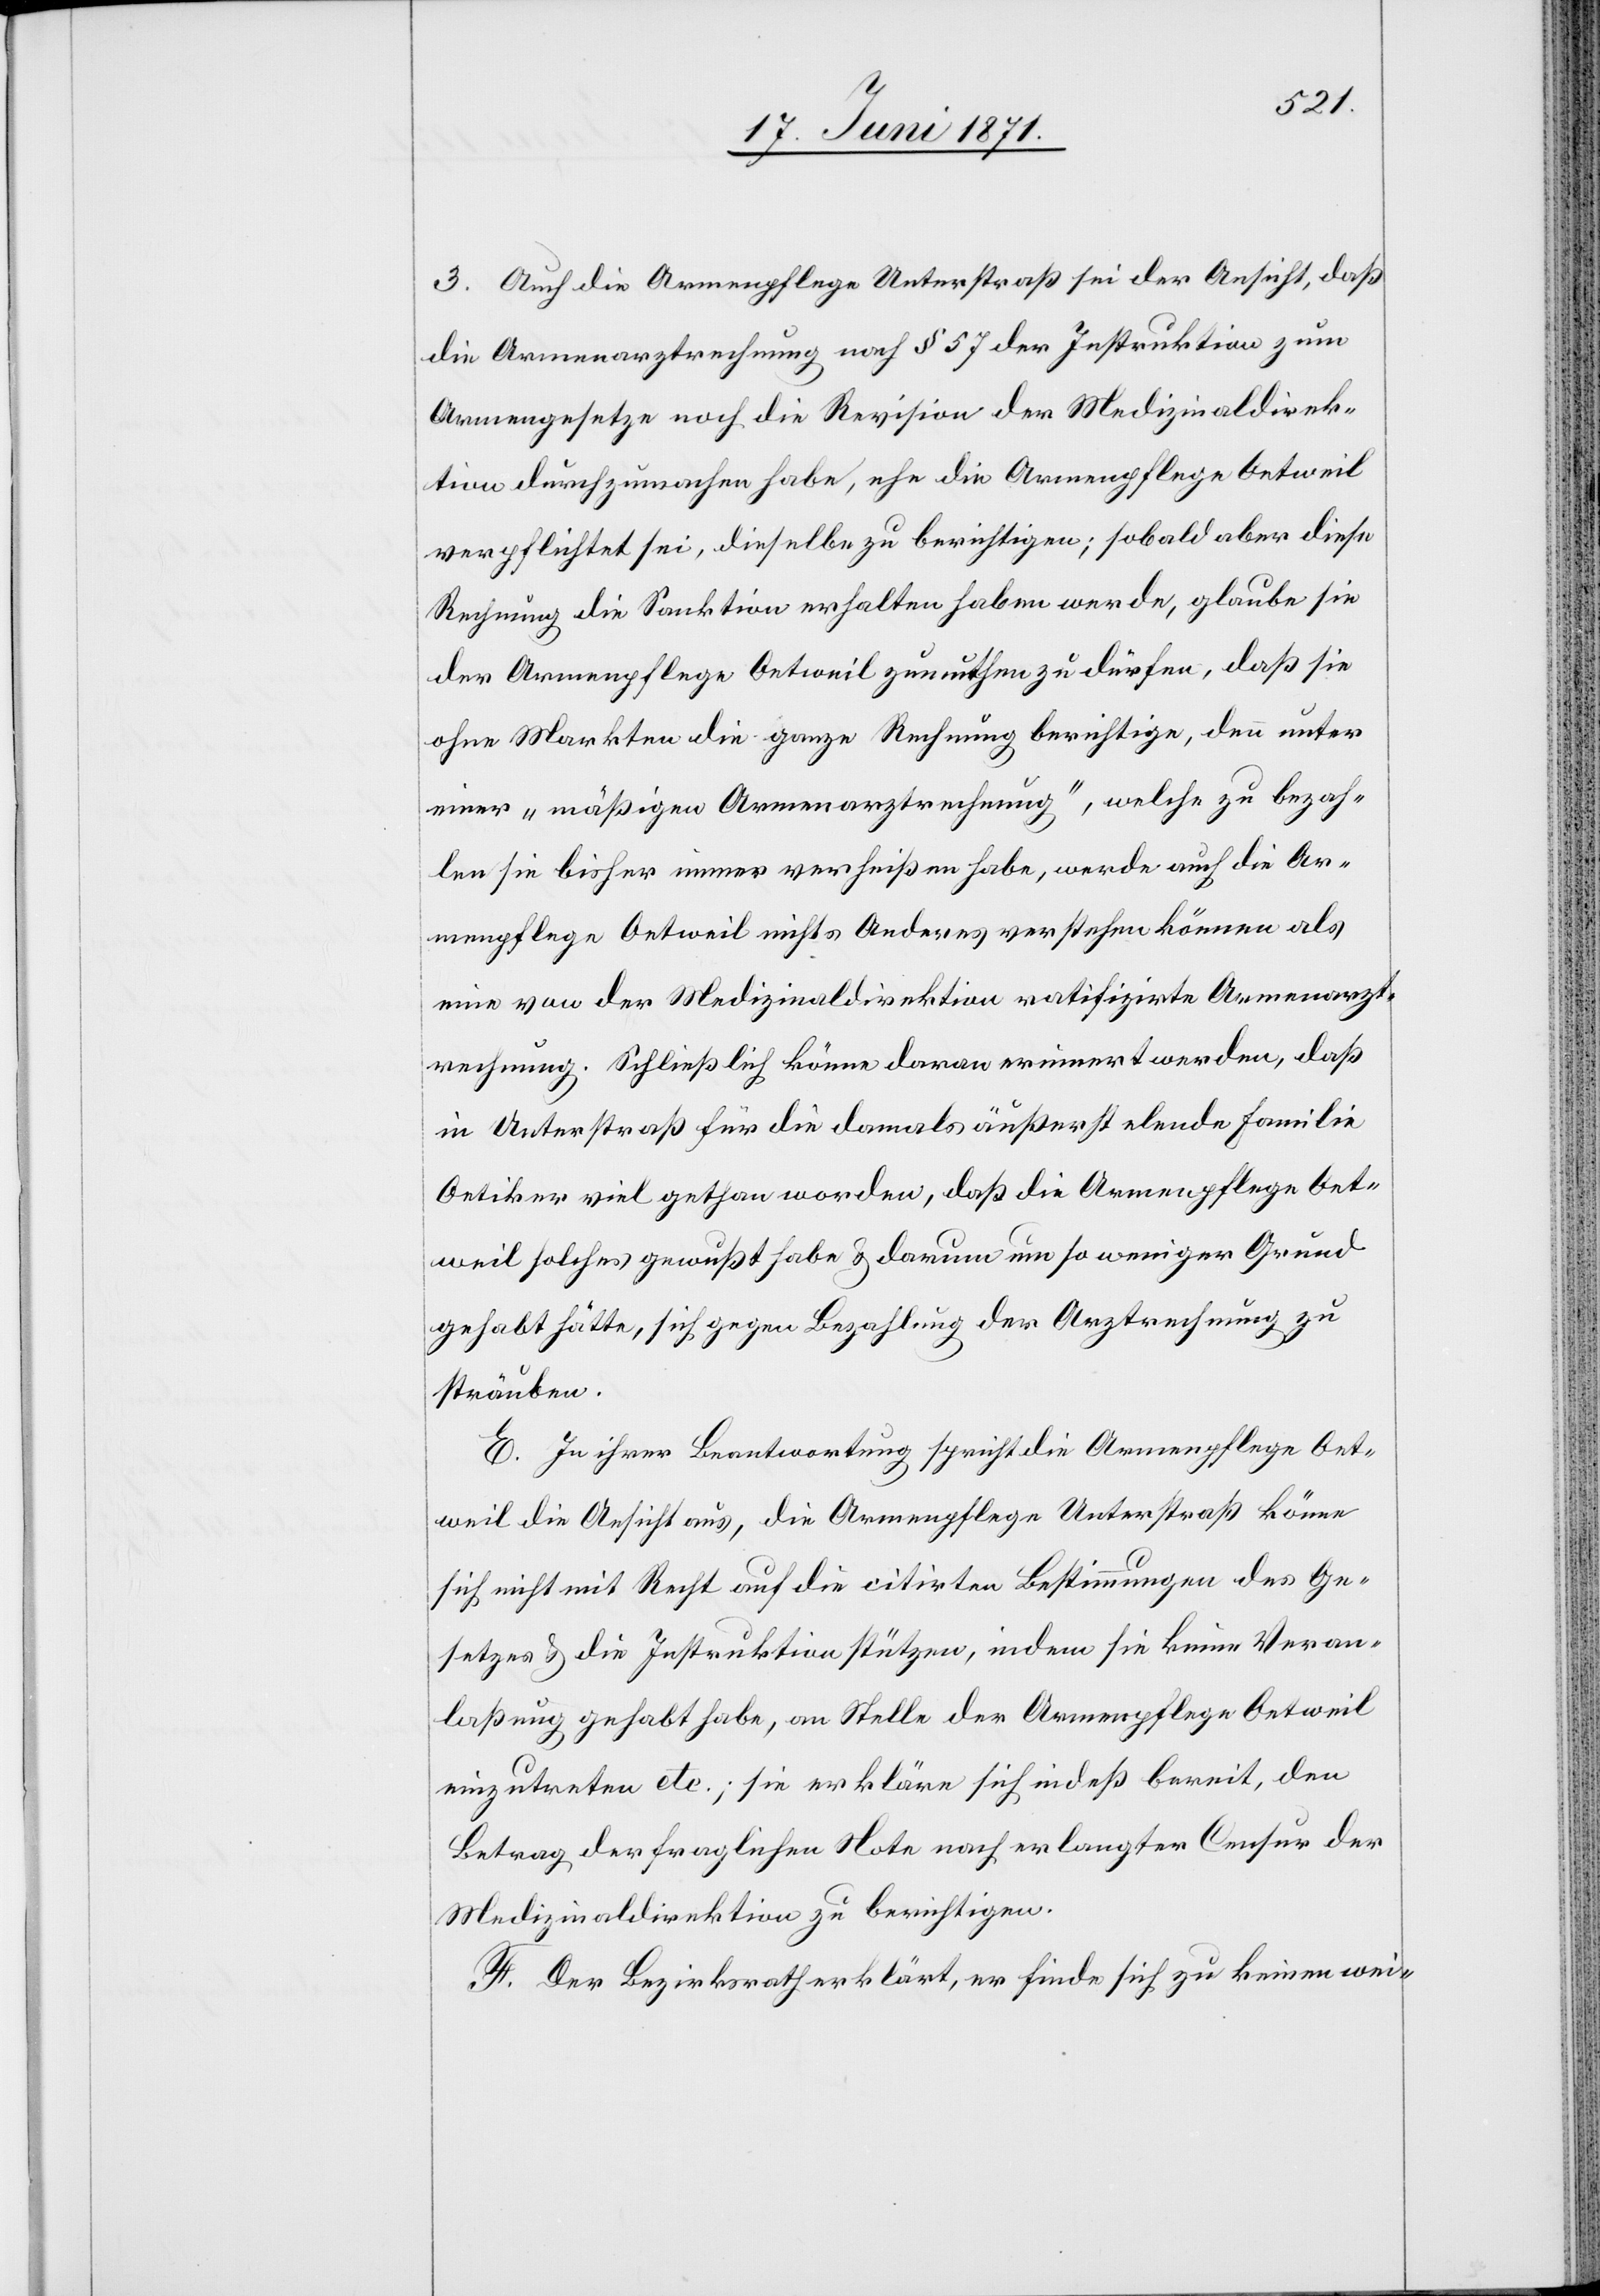
3. Auch die Armenpflege Unterstraß sei der Ansicht, daß
die Armenarztrechnung nach § 57 der Instruktion zum
Armengesetze noch die Revision der Medizinaldirek¬
tion durchzumachen habe, ehe die Armenpflege Oetweil
verpflichtet sei, dieselbe zu berichtigen; sobald aber diese
Rechnung die Sanktion erhalten haben werde, glaube sie
der Armenpflege Oetweil zumuthen zu dürfen, daß sie
ohne Markten die ganze Rechnung berichtige, denn unter
einer „mäßigen Armenarztrechnung“, welche zu bezah¬
len sie bisher immer verheißen habe, werde auch die Ar¬
menpflege Oetweil nichts Anderes verstehen können als
eine von der Medizinaldirektion ratifizirte Armenarzt¬
rechnung. Schließlich könne daran erinnert werden, daß
in Unterstraß für die damals äußerst elende Familie
Oetiker viel gethan worden, daß die Armenpflege Oet¬
weil solches gewußt habe u. darum um so weniger Grund
gehabt hätte, sich gegen Bezahlung der Arztrechnung zu
sträuben.
E. In ihrer Beantwortung spricht die Armenpflege Oet¬
weil die Ansicht aus, die Armenpflege Unterstraß könne
sich nicht mit Recht auf die citirten Bestimmungen des Ge¬
setzes u. die Instruktion stützten, indem sie keine Veran¬
laßung gehabt habe, an Stelle der Armenpflege Oetweil
einzutreten etc.; sie erkläre sich indeß bereit, den
Betrag der fraglichen Note nach erlangter Censur der
Medizinaldirektion zu berichtigen.
F. Der Bezirksrath erklärt, er finde sich zu keinen wei-